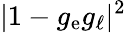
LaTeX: |1-g_{\mathrm{e}}g_{\mathrm{\ell}}|^{2}